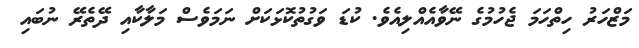
މަޒްހަރު ހިތްހަމަ ޖެހުމުގެ ނޭވާއެއްލިއެވެ. ކުޑަ ވަގުތުކޮޅަކަށް ނަމަވެސް މަލާކާއި ދޭތެރޭ ނުބައި